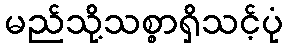
မည်သို့သစ္စာရှိသင့်ပုံ